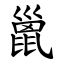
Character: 巤